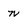
Character: n